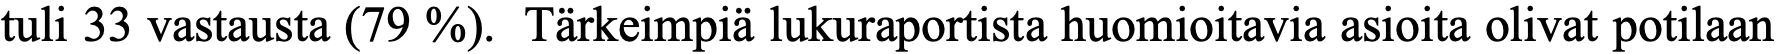
tuli 33 vastausta (79 %). Tärkeimpiä lukuraportista huomioitavia asioita olivat potilaan